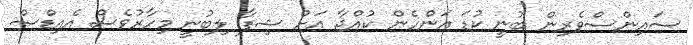
ސައިންސްވެރިން ބުނީ ކުޑަ އަންހެން ކުއްޖާ އަށް ޝިފާ ލިބުނީ މިހާރުވެސް އެއިޑްސް